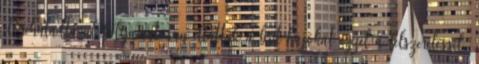
előrehaladtával folyamatosan ellátták a brit hajókat ezzel a felszereléssel.